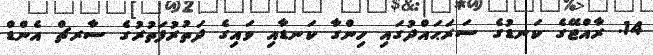
14. ރާއްޖޭގެ ކަނޑުގެ ސަރަޙައްދުގައި ހިންގާ ކަނޑާއި ވައިގެ ދަތުރުފަތުރުގެ ސާރޗް އެންޑް